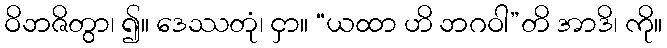
ဝိဘဇိတွာ၊ ၍။ ဒေဿတုံ၊ ငှာ။ “ယထာ ဟိ ဘဂဝါ”တိ အာဒိ၊ ကို။